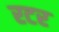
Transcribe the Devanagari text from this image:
रटर